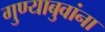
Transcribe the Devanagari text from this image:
गुण्याबुवांना